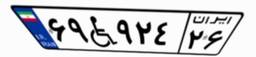
۶۹W۹۲۴۲۶